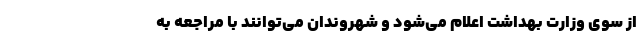
از سوی وزارت بهداشت اعلام می‌شود و شهروندان می‌توانند با مراجعه به